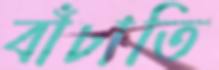
বাঁচাতি